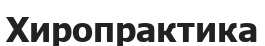
Хиропрактика